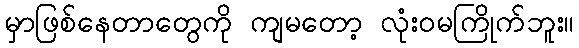
မှာဖြစ်နေတာတွေကို ကျမတော့ လုံးဝမကြိုက်ဘူး။